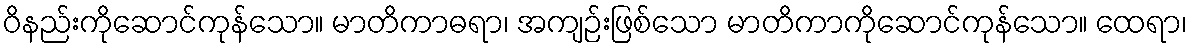
ဝိနည်းကိုဆောင်ကုန်သော။ မာတိကာဓရာ၊ အကျဉ်းဖြစ်သော မာတိကာကိုဆောင်ကုန်သော။ ထေရာ၊